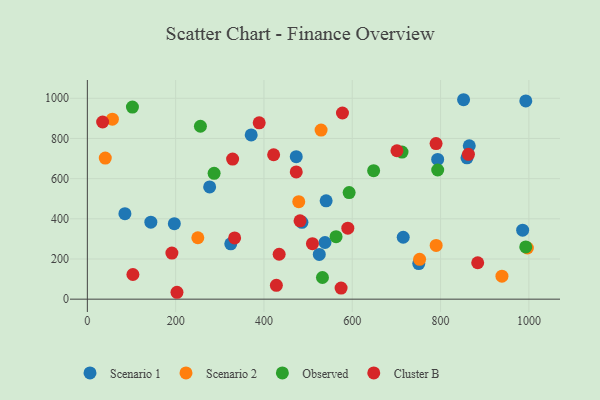
{"axis": {"x": "Ad Spend", "y": "Rating"}, "legend": ["Cluster B", "Observed", "Scenario 1", "Scenario 2"], "data": [{"x": "277.0", "y": 558.8, "type": "Scenario 1"}, {"x": "793.4", "y": 695.8, "type": "Scenario 1"}, {"x": "993.0", "y": 986.8, "type": "Scenario 1"}, {"x": "540.8", "y": 489.3, "type": "Scenario 1"}, {"x": "473.1", "y": 709.5, "type": "Scenario 1"}, {"x": "85.1", "y": 425.5, "type": "Scenario 1"}, {"x": "143.8", "y": 383.5, "type": "Scenario 1"}, {"x": "750.6", "y": 177.1, "type": "Scenario 1"}, {"x": "197.0", "y": 375.9, "type": "Scenario 1"}, {"x": "859.8", "y": 703.5, "type": "Scenario 1"}, {"x": "371.1", "y": 817.6, "type": "Scenario 1"}, {"x": "852.1", "y": 992.8, "type": "Scenario 1"}, {"x": "538.2", "y": 282.0, "type": "Scenario 1"}, {"x": "865.0", "y": 763.7, "type": "Scenario 1"}, {"x": "486.0", "y": 382.6, "type": "Scenario 1"}, {"x": "525.3", "y": 222.7, "type": "Scenario 1"}, {"x": "324.8", "y": 275.4, "type": "Scenario 1"}, {"x": "715.4", "y": 308.3, "type": "Scenario 1"}, {"x": "985.9", "y": 343.6, "type": "Scenario 1"}, {"x": "478.8", "y": 485.2, "type": "Scenario 2"}, {"x": "996.6", "y": 254.7, "type": "Scenario 2"}, {"x": "529.4", "y": 841.8, "type": "Scenario 2"}, {"x": "752.5", "y": 198.2, "type": "Scenario 2"}, {"x": "790.0", "y": 267.5, "type": "Scenario 2"}, {"x": "40.6", "y": 702.1, "type": "Scenario 2"}, {"x": "250.2", "y": 305.8, "type": "Scenario 2"}, {"x": "939.0", "y": 114.2, "type": "Scenario 2"}, {"x": "56.7", "y": 895.9, "type": "Scenario 2"}, {"x": "648.4", "y": 639.6, "type": "Observed"}, {"x": "793.5", "y": 643.0, "type": "Observed"}, {"x": "563.3", "y": 311.0, "type": "Observed"}, {"x": "102.1", "y": 956.2, "type": "Observed"}, {"x": "712.7", "y": 732.2, "type": "Observed"}, {"x": "532.5", "y": 107.9, "type": "Observed"}, {"x": "592.9", "y": 530.5, "type": "Observed"}, {"x": "992.9", "y": 260.0, "type": "Observed"}, {"x": "256.1", "y": 860.8, "type": "Observed"}, {"x": "287.1", "y": 626.6, "type": "Observed"}, {"x": "428.1", "y": 68.9, "type": "Cluster B"}, {"x": "421.9", "y": 718.8, "type": "Cluster B"}, {"x": "333.6", "y": 304.9, "type": "Cluster B"}, {"x": "434.4", "y": 223.5, "type": "Cluster B"}, {"x": "884.1", "y": 181.2, "type": "Cluster B"}, {"x": "701.2", "y": 738.8, "type": "Cluster B"}, {"x": "481.7", "y": 390.1, "type": "Cluster B"}, {"x": "509.8", "y": 276.0, "type": "Cluster B"}, {"x": "589.9", "y": 353.4, "type": "Cluster B"}, {"x": "191.5", "y": 229.4, "type": "Cluster B"}, {"x": "34.6", "y": 881.8, "type": "Cluster B"}, {"x": "863.1", "y": 721.1, "type": "Cluster B"}, {"x": "574.7", "y": 55.4, "type": "Cluster B"}, {"x": "577.8", "y": 926.6, "type": "Cluster B"}, {"x": "103.2", "y": 122.9, "type": "Cluster B"}, {"x": "203.0", "y": 34.3, "type": "Cluster B"}, {"x": "473.1", "y": 633.2, "type": "Cluster B"}, {"x": "389.2", "y": 877.6, "type": "Cluster B"}, {"x": "329.0", "y": 697.6, "type": "Cluster B"}, {"x": "789.8", "y": 774.6, "type": "Cluster B"}]}